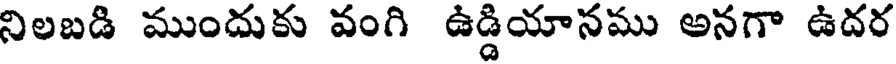
నిలబడి ముందుకు వంగి ఉడ్డియానము అనగా ఉదర